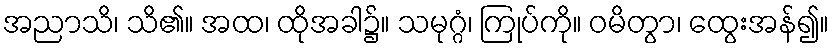
အညာသိ၊ သိ၏။ အထ၊ ထိုအခါ၌။ သမုဂ္ဂံ၊ ကြုပ်ကို။ ဝမိတွာ၊ ထွေးအန်၍။